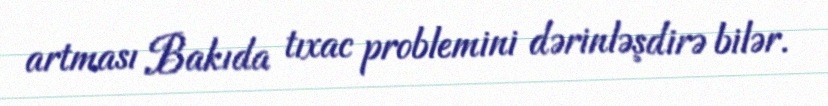
artması Bakıda tıxac problemini dərinləşdirə bilər.